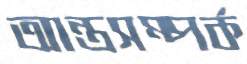
আন্তসম্পর্ক